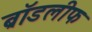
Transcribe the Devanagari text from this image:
ब्रॉडलीफ